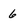
Character: 6